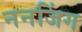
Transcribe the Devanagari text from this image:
ननजिंग